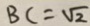
B C = \sqrt { 2 }